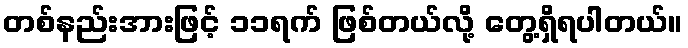
တစ်နည်းအားဖြင့် ၁၁ရက် ဖြစ်တယ်လို့ တွေ့ရှိရပါတယ်။